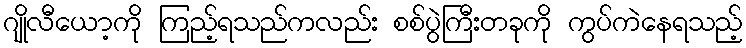
ဂျိုလီယော့ကို ကြည့်ရသည်ကလည်း စစ်ပွဲကြီးတခုကို ကွပ်ကဲနေရသည့်